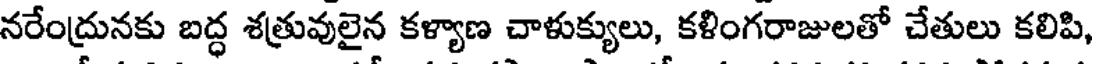
నరేంద్రునకు బద్ధ శత్రువులైన కళ్యాణ చాళుక్యులు, కళింగరాజులతో చేతులు కలిపి,